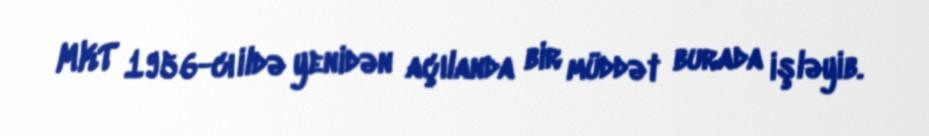
MKT 1956-cı ildə yenidən açılanda bir müddət burada işləyib.